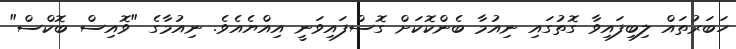
ހަބަރުތައް ލިބިފައިވާ ގޮތުގައި ނިއުމާ ބެންކޮކަށް ގޮސްފައިވަނީ އިއްޔެއެވެ. ނިއުމާގެ "ވޮއިސް ބޮކްސް"